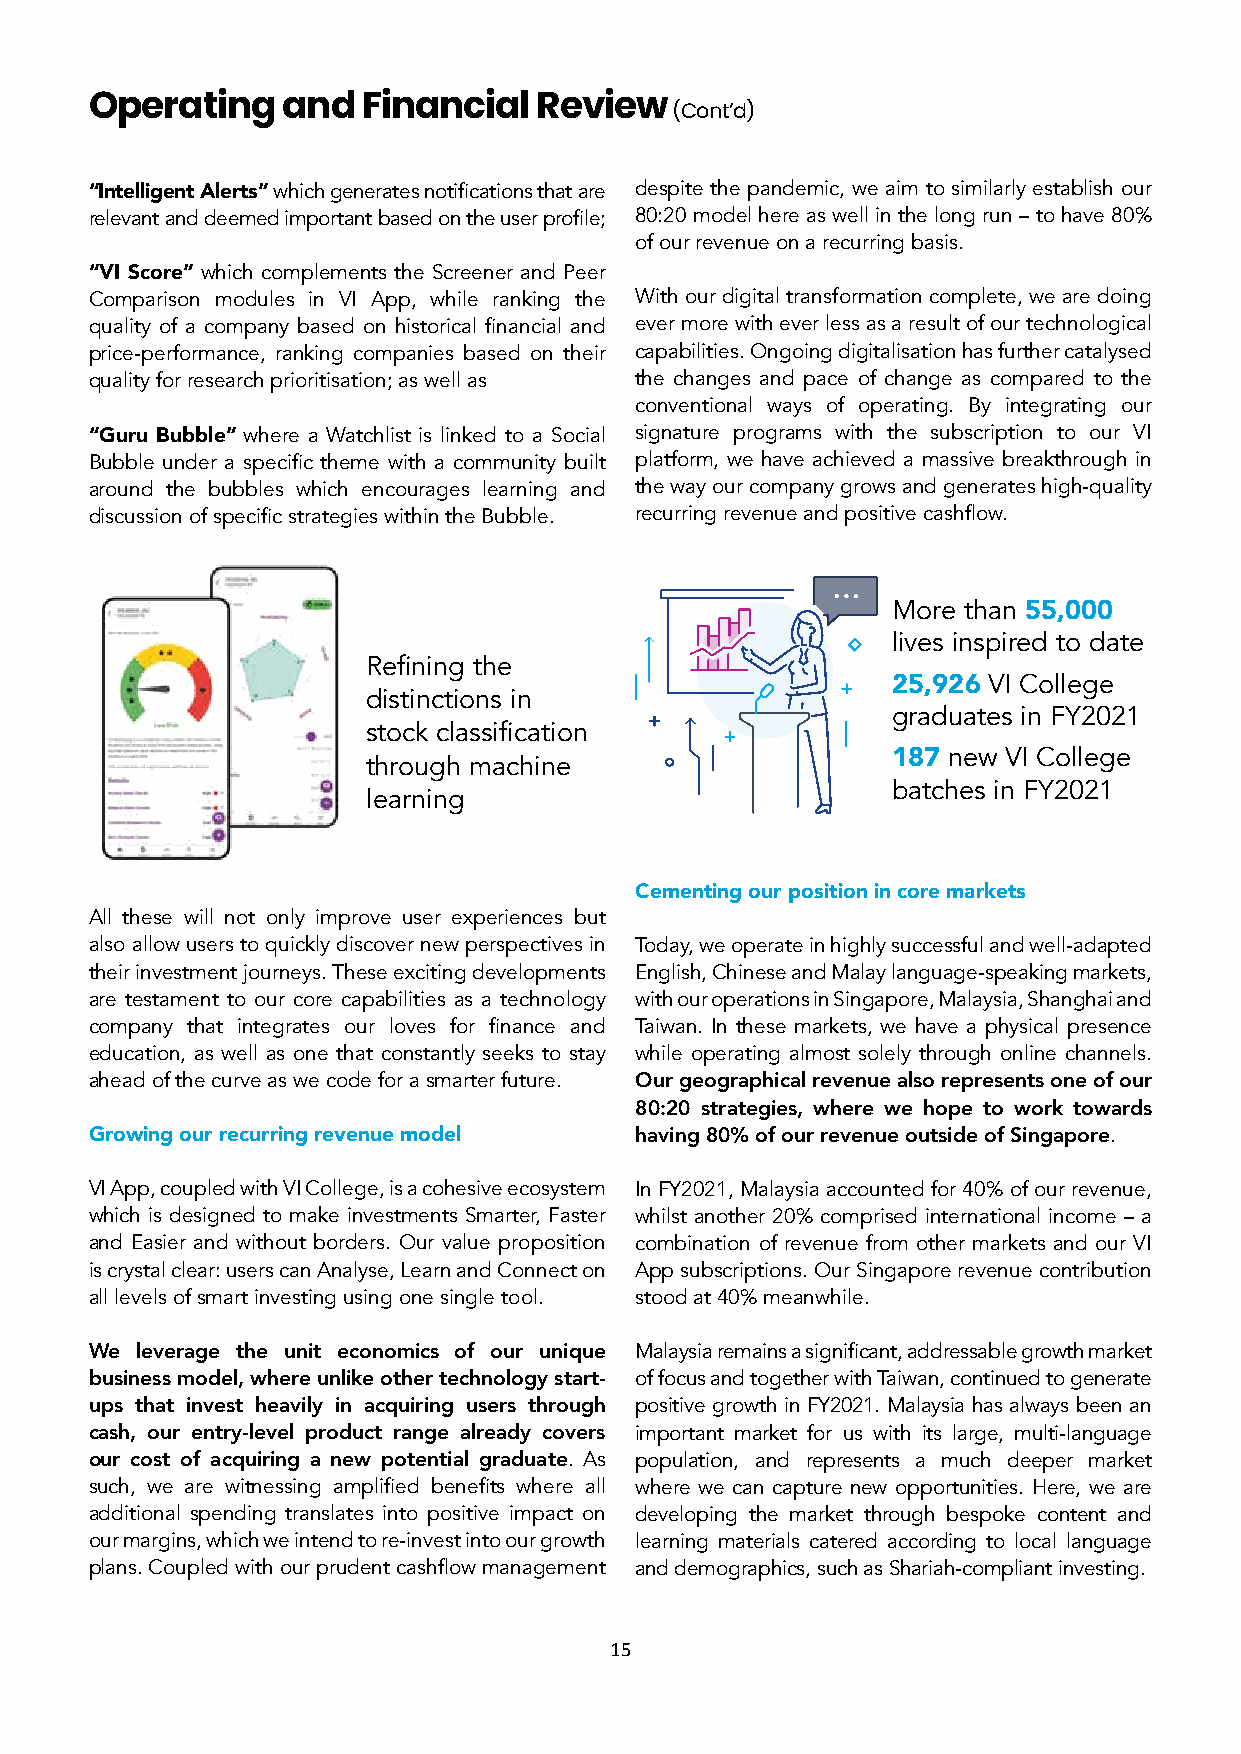
Operating    and  Financial  Review   (Cont’d)
 “Intelligent Alerts” which generates notifications that are despite the pandemic, we aim to similarly establish our
 relevant and deemed important based on the user profile; 80:20 model here as well in the long run – to have 80%
 of our revenue on a recurring basis.
 “VI Score” which complements the Screener and Peer
 Comparison modules in VI App, while ranking the With our digital transformation complete, we are doing
 quality of a company based on historical financial and ever more with ever less as a result of our technological
 price-performance, ranking companies based on their capabilities. Ongoing digitalisation has further catalysed
 quality for research prioritisation; as well as the changes and pace of change as compared to the
 conventional ways of operating. By integrating our
 “Guru Bubble” where a Watchlist is linked to a Social signature programs with the subscription to our VI
 Bubble under a specific theme with a community built platform, we have achieved a massive breakthrough in
 around the bubbles which encourages learning and the way our company grows and generates high-quality
 discussion of specific strategies within the Bubble. recurring revenue and positive cashflow.
 More than 55,000
 lives inspired to date
 Refining the
 25,926 VI College
 distinctions in
 graduates in FY2021
 stock classification
 through machine                    187 new VI College
 batches in FY2021
 learning
 Cementing our position in core markets
 All these will not only improve user experiences but
 also allow users to quickly discover new perspectives in Today, we operate in highly successful and well-adapted
 their investment journeys. These exciting developments English, Chinese and Malay language-speaking markets,
 are testament to our core capabilities as a technology with our operations in Singapore, Malaysia, Shanghai and
 company that integrates our loves for finance and Taiwan. In these markets, we have a physical presence
 education, as well as one that constantly seeks to stay while operating almost solely through online channels.
 ahead of the curve as we code for a smarter future. Our geographical revenue also represents one of our
 80:20 strategies, where we hope to work towards
 Growing our recurring revenue model having 80% of our revenue outside of Singapore.
 VI App, coupled with VI College, is a cohesive ecosystem In FY2021, Malaysia accounted for 40% of our revenue,
 which is designed to make investments Smarter, Faster whilst another 20% comprised international income – a
 and Easier and without borders. Our value proposition combination of revenue from other markets and our VI
 is crystal clear: users can Analyse, Learn and Connect on App subscriptions. Our Singapore revenue contribution
 all levels of smart investing using one single tool. stood at 40% meanwhile.
 We leverage the unit economics of our unique Malaysia remains a significant, addressable growth market
 business model, where unlike other technology start- of focus and together with Taiwan, continued to generate
 ups that invest heavily in acquiring users through positive growth in FY2021. Malaysia has always been an
 cash, our entry-level product range already covers important market for us with its large, multi-language
 our cost of acquiring a new potential graduate. As population, and represents a much deeper market
 such, we are witnessing amplified benefits where all where we can capture new opportunities. Here, we are
 additional spending translates into positive impact on developing the market through bespoke content and
 our margins, which we intend to re-invest into our growth learning materials catered according to local language
 plans. Coupled with our prudent cashflow management and demographics, such as Shariah-compliant investing.
 15